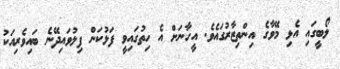
ލޯބީގައި އެޅި މޭވާގެ އިންތިޒާރުގައެވެ. އީހާނަށް އެ ހިތުގައިވީ ފަޅުކަން ފިލުވައިދޭނެ ބައިވެރިއަކު